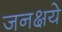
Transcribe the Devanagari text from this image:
जनक्षये